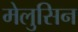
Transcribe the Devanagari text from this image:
मेलुसिन